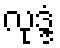
လုဒ္ဒံ